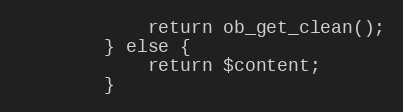
Language: PHP
            return ob_get_clean();
        } else {
            return $content;
        }